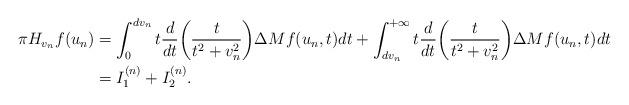
LaTeX: \begin{align*}\pi H_{v_n}f(u_n)&=\int_{0}^{dv_n}t\frac{d}{dt}\bigg(\frac{t}{t^2+v_n^2}\bigg)\Delta Mf(u_n,t)dt+\int_{dv_n}^{+\infty}t\frac{d}{dt}\bigg(\frac{t}{t^2+v_n^2}\bigg)\Delta Mf(u_n,t)dt \\&=I_1^{(n)}+I_2^{(n)}.\end{align*}